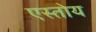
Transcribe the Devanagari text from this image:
एस्तोय